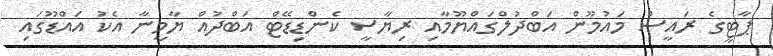
ޕާޓީގެ ރައީސް މައުމޫން އަބްދުލްގައްޔޫމާއި ރިޔާސީ ކެންޑިޑޭޓް އަބްދުއް ޔާމީނާ އެކު އައްޑޫގައި